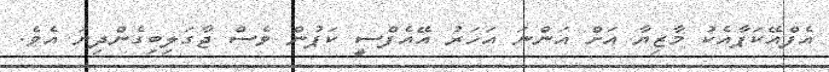
އެފްއޭކަޕާއެކު މާޒިޔާ އަށް އަންނަ އަހަރު އޭއެފްސީ ކަޕުން ވެސް ޖާގަލިބިގެންދިޔަ އެވެ.